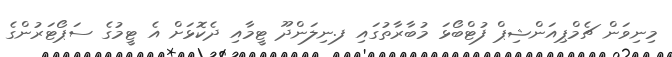
މިނިވަން ޗެމްޕިއަންޝިޕް ފުޓްބޯޅަ މުބާރާތުގައި ފ.ނިލަންދޫ ޓީމާއި ދެކޮޅަށް އެ ޓީމުގެ ސަޕޯޓަރުންގެ